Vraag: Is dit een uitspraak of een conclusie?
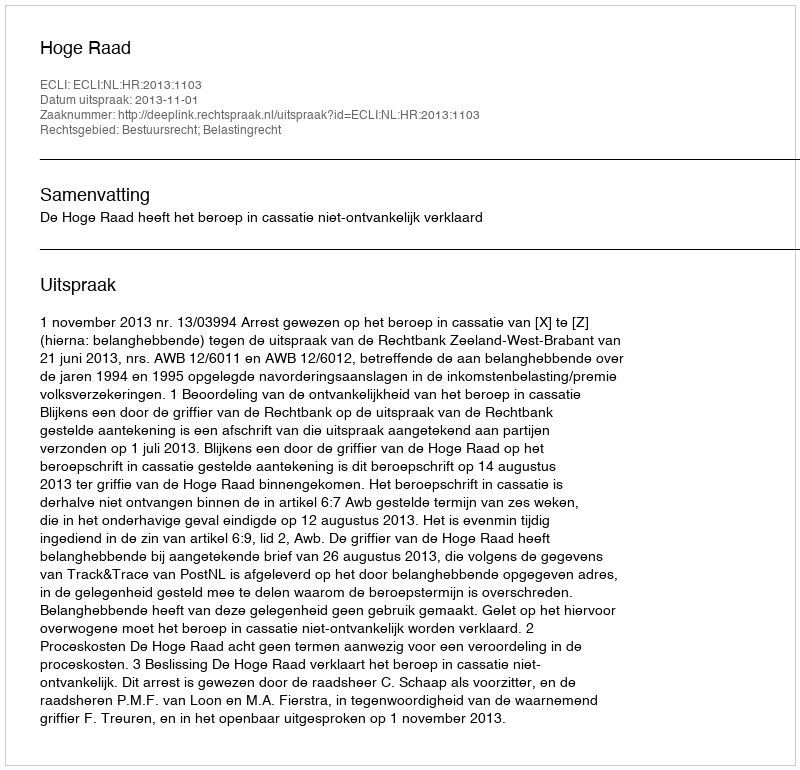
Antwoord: Uitspraak